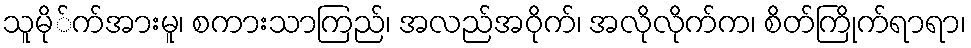
သူမို်က်အားမူ၊ စကားသာကြည်၊ အလည်အဝိုက်၊ အလိုလိုက်က၊ စိတ်ကြိုက်ရာရာ၊